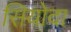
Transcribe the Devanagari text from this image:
सियोदा